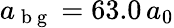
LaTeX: a_{\mathrm{~b~g~}}=63.0\, a_{0}